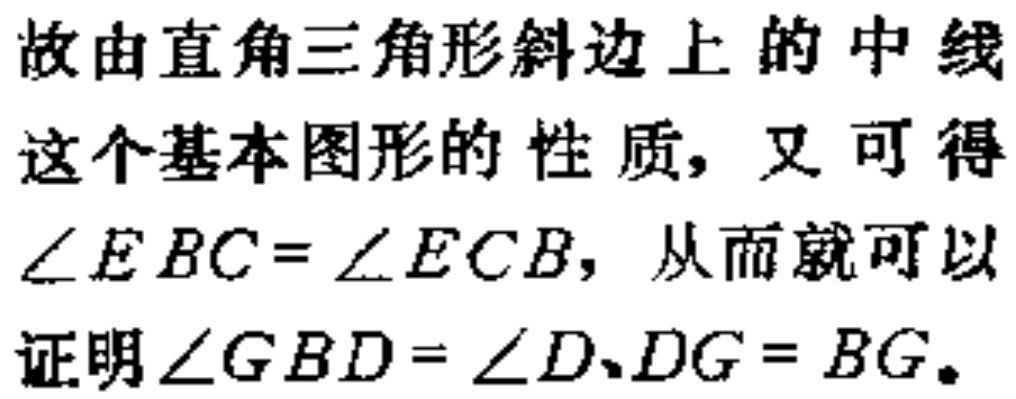
故由直角三角形斜边上的中线

这个基本图形的性质, 又可得

$\angle EBC = \angle ECB$, 从而就可以

证明$\angle GBD = \angle D、DG = BG.$